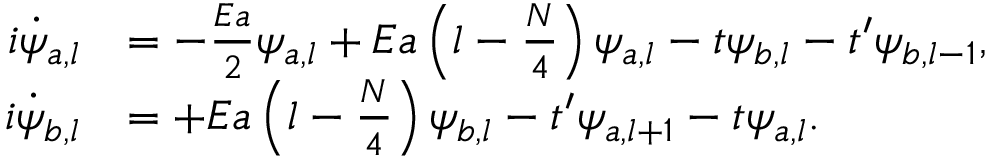
\begin{array} { r l } { i \dot { \psi } _ { a , l } } & { = - \frac { E a } { 2 } \psi _ { a , l } + E a \left( l - \frac { N } { 4 } \right) \psi _ { a , l } - t \psi _ { b , l } - t ^ { \prime } \psi _ { b , l - 1 } , } \\ { i \dot { \psi } _ { b , l } } & { = + E a \left( l - \frac { N } { 4 } \right) \psi _ { b , l } - t ^ { \prime } \psi _ { a , l + 1 } - t \psi _ { a , l } . } \end{array}